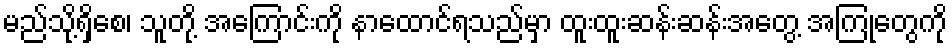
မည်သို့ရှိစေ၊ သူတို့ အကြောင်းကို နာထောင်ရသည်မှာ ထူးထူးဆန်းဆန်းအတွေ့ အကြုံတွေကို